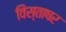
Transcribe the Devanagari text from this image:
विस्ताषर